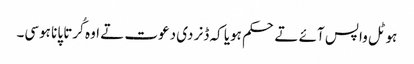
ہوٹل واپس آئے تے حکم ہویا کہ ڈنر دی دعوت تے اوہ کُرتا پانا ہوسی۔